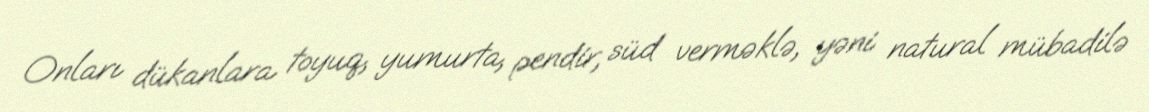
Onları dükanlara toyuq, yumurta, pendir, süd verməklə, yəni natural mübadilə